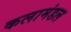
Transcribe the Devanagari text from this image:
कलामंडल